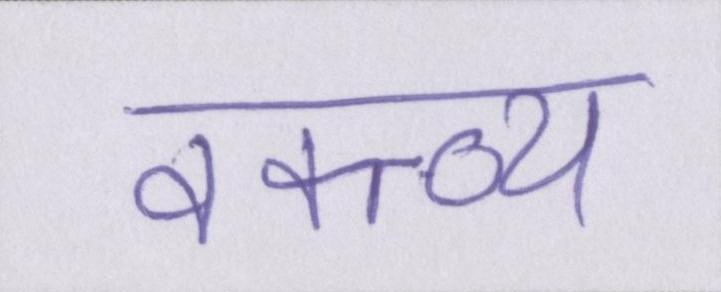
वक्त्व्य